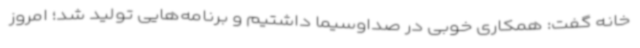
خانه گفت: همکاری خوبی در صداوسیما داشتیم و برنامه‌هایی تولید شد؛ امروز